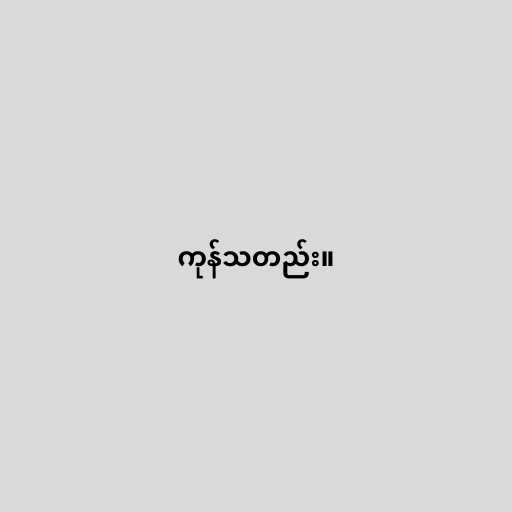
ကုန်သတည်း။